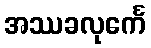
အဿခလုင်္ကေ